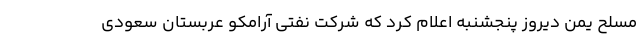
مسلح یمن دیروز پنجشنبه اعلام کرد که شرکت نفتی آرامکو عربستان سعودی